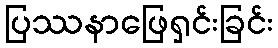
ပြဿနာဖြေရှင်းခြင်း